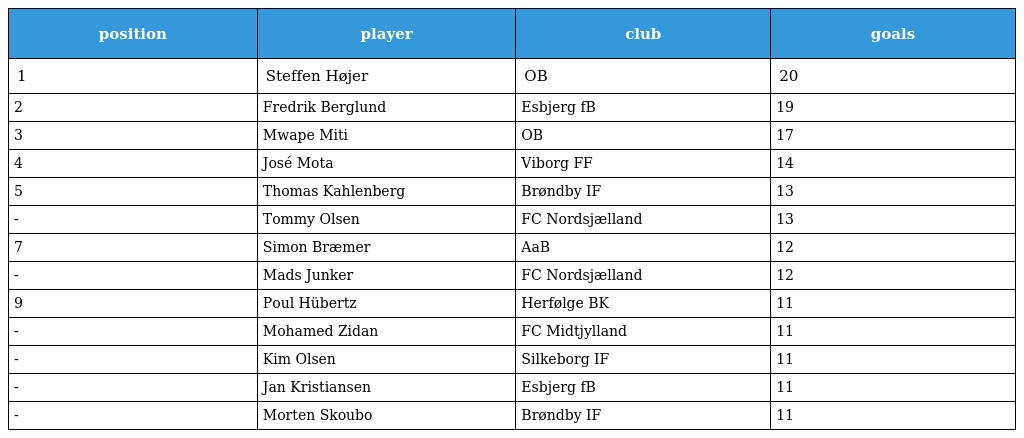
| position | player | club | goals |
 | --- | --- | --- | --- |
 | 1 | Steffen Højer | OB | 20 |
 | 2 | Fredrik Berglund | Esbjerg fB | 19 |
 | 3 | Mwape Miti | OB | 17 |
 | 4 | José Mota | Viborg FF | 14 |
 | 5 | Thomas Kahlenberg | Brøndby IF | 13 |
 | - | Tommy Olsen | FC Nordsjælland | 13 |
 | 7 | Simon Bræmer | AaB | 12 |
 | - | Mads Junker | FC Nordsjælland | 12 |
 | 9 | Poul Hübertz | Herfølge BK | 11 |
 | - | Mohamed Zidan | FC Midtjylland | 11 |
 | - | Kim Olsen | Silkeborg IF | 11 |
 | - | Jan Kristiansen | Esbjerg fB | 11 |
 | - | Morten Skoubo | Brøndby IF | 11 |